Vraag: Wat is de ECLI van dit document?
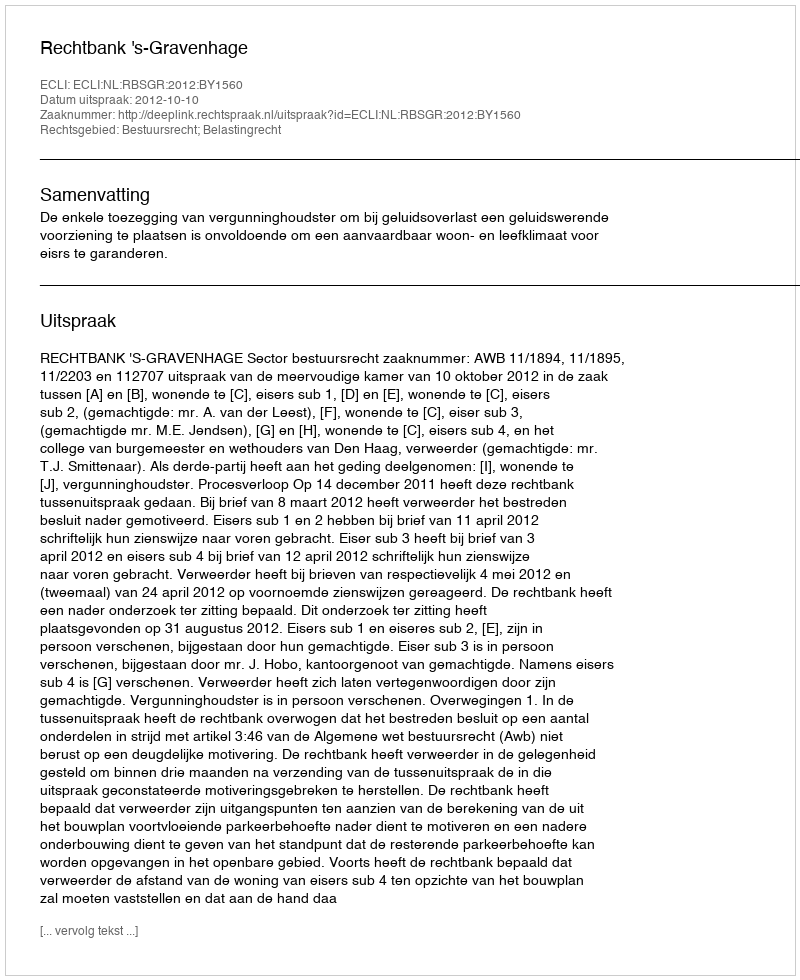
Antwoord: ECLI:NL:RBSGR:2012:BY1560